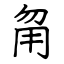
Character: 甮